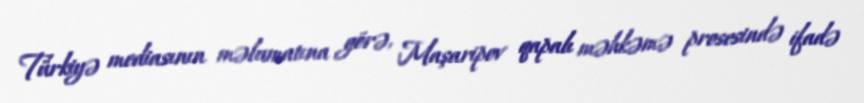
Türkiyə mediasının məlumatına görə, Maşaripov qapalı məhkəmə prosesində ifadə